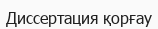
Диссертация қорғау